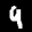
Label: 4